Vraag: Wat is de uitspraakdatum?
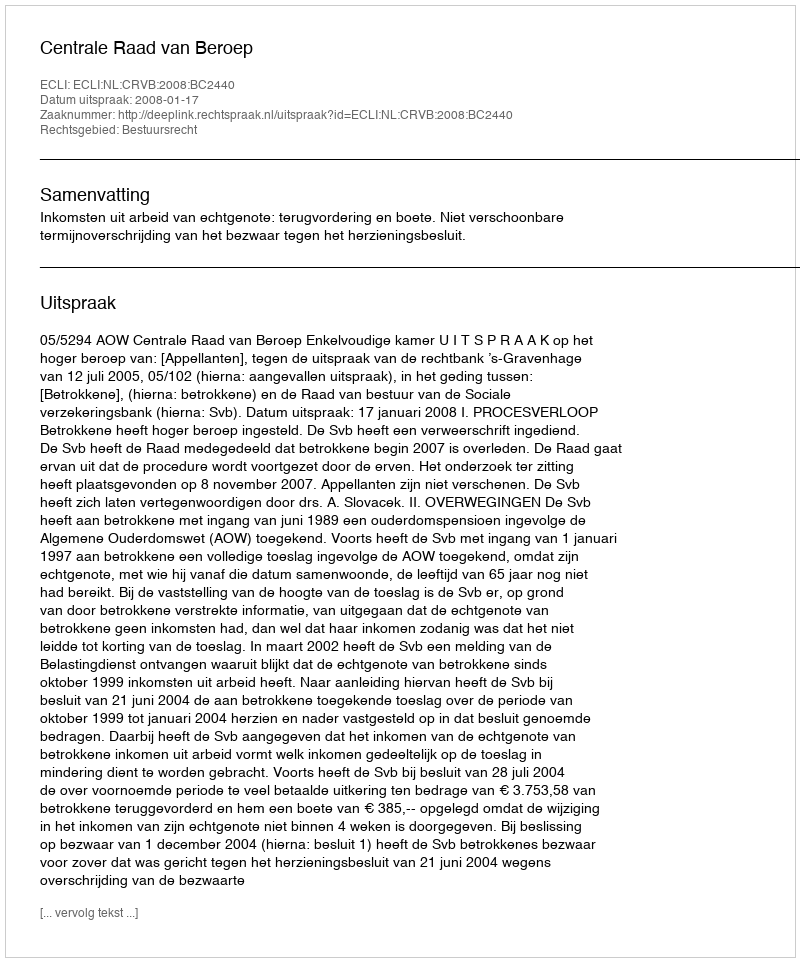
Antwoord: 2008-01-17